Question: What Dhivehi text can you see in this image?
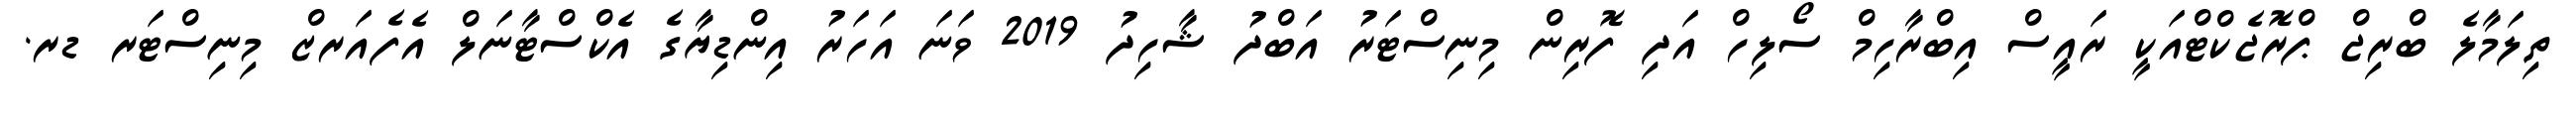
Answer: ތިލަމާލެ ބްރިޖް ޕްރޮޖެކްޓްއަކީ ރައީސް އިބްރާހިމް ސޯލިހް އަދި ފޮރިން މިނިސްޓަރު އަބްދު ޝާހިދު 2019 ވަނަ އަހަރު އިންޑިޔާގެ އެކްސްޓާނަލް އެފެއަރޒް މިނިސްޓަރ ޑރ.